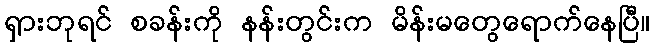
ရှားဘုရင် စခန်းကို နန်းတွင်းက မိန်းမတွေရောက်နေပြီ။